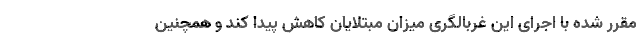
مقرر شده با اجرای این غربالگری میزان مبتلایان کاهش پیدا کند و همچنین